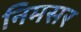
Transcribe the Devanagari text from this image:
निमसर